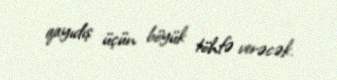
qayıdış üçün böyük töhfə verəcək.